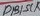
Text: D13/SCK